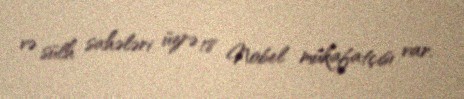
və sülh sahələri üzrə 18 Nobel mükafatçısı var.